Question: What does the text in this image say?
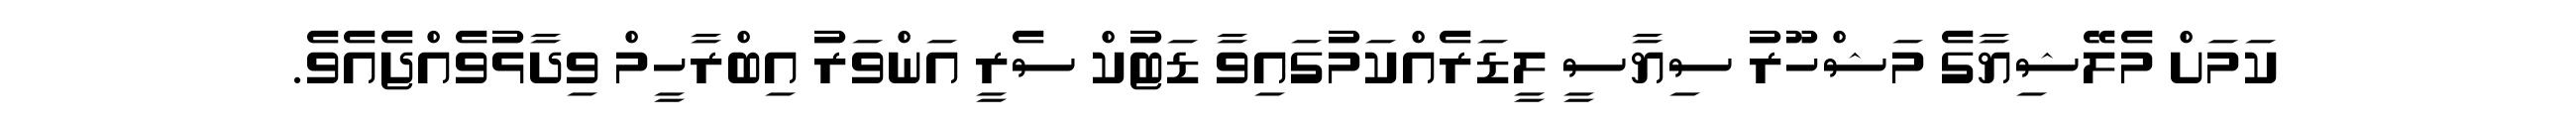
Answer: ކަމަށް މެލޭޝިޔާގެ މަޝްހޫރު ސިޔާސީ ލީޑަރެއްކަމުގައިވާ ޑަޓުކް ސެރީ އަންވަރު އިބްރާހީމް ވިދާޅުވެއްޖެއެވެ.